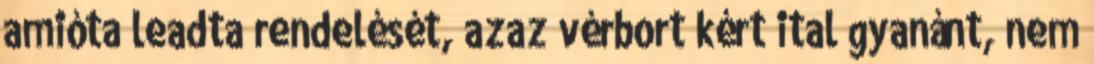
amióta leadta rendelését, azaz vérbort kért ital gyanánt, nem